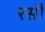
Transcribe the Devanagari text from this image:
रसौ